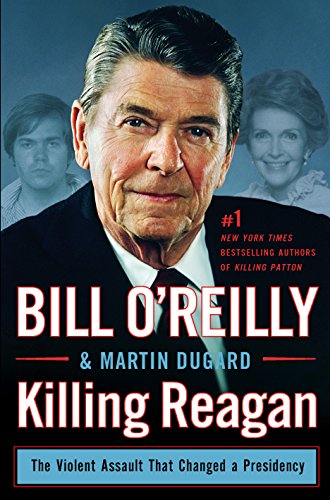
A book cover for Killing Reagan: The Violent Assault That Changed A Presidenc (Wheeler Large Print Book Series); Bill O'Reilly; Biographies & Memoirs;